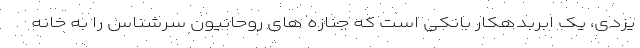
یزدی، یک ابَربدهکار بانکی است که جنازه های روحانیون سرشناس را به خانه